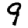
Digit: 9